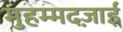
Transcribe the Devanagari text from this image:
मुहम्मदज़ाई